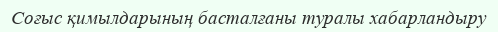
Соғыс қимылдарының басталғаны туралы хабарландыру